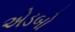
એડબો